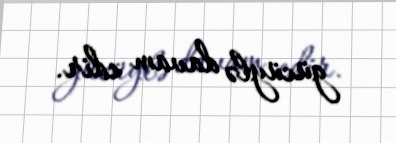
gücüylə davam edir.